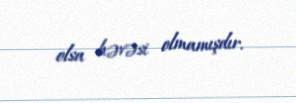
olsa həvəsi olmamışdır.